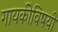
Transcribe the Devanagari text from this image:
गायकीविषयी